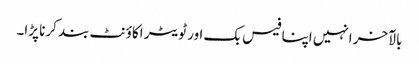
بالآخر انہیں اپنا فیس بک اور ٹویٹر اکاؤنٹ بند کرنا پڑا۔